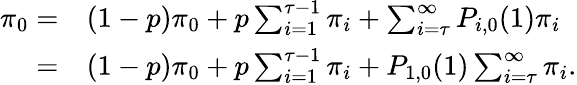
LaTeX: \begin{array}{rl}{\pi_{0}=}&{(1-p)\pi_{0}+p\sum_{i=1}^{\tau-1}\pi_{i}+\sum_{i=\tau}^{\infty}P_{i,0}(1)\pi_{i}}\\ {=}&{(1-p)\pi_{0}+p\sum_{i=1}^{\tau-1}\pi_{i}+P_{1,0}(1)\sum_{i=\tau}^{\infty}\pi_{i}.}\end{array}